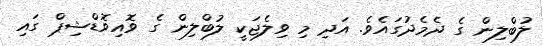
ލުބްލިން ގެ ދެމެދުގައެވެ. އަދި މި ވިލެޖަކީ ލުބްލިން ގެ ވޮއިވޮޑްޝިޕް ގައި